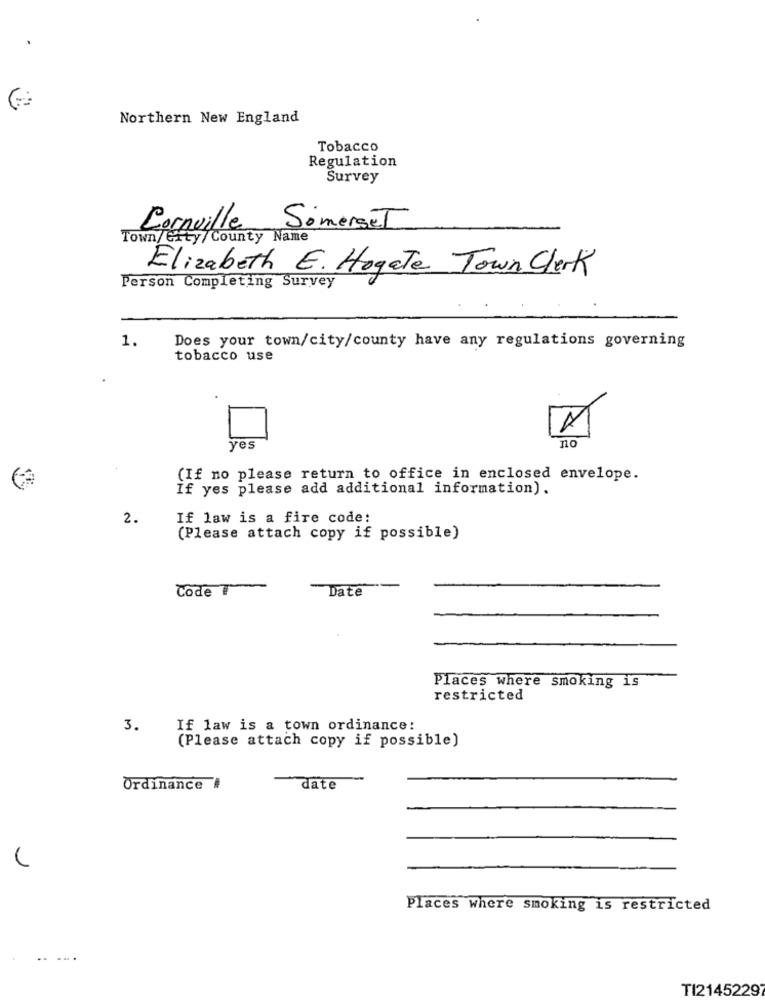
Northern New England
Tobacco
Regulation
Survey
Corneille Somerset
Town/Grty/County Name
Elizabeth E. Hogate Town Clerk
Person Completing Survey
1.
Does your town/city/county have any regulations governing
tobacco use
yes
no
(If no please return to office in enclosed envelope.
If yes please add additional information).
2.
If law is a fire code:
(Please attach copy if possible)
Code T
Date
Places where smoking is
restricted
3.
If law is a town ordinance:
(Please attach copy if possible)
Ordinance #
date
Places Where smoking is restricted
TI21452297